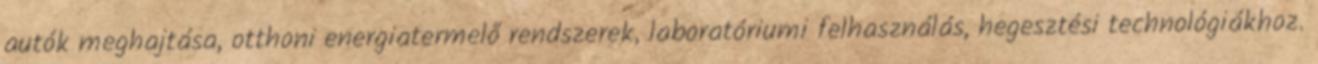
autók meghajtása, otthoni energiatermelő rendszerek, laboratóriumi felhasználás, hegesztési technológiákhoz.